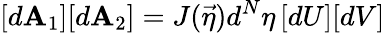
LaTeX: [d\mathbf{A}_{1}][d\mathbf{A}_{2}]=J(\vec{{\eta}})d^{N}\eta\, [dU][dV]